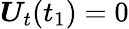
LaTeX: \boldsymbol{U}_{t}(t_{1})=0